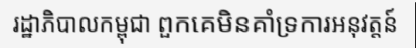
រដ្ឋាភិបាលកម្ពុជា ពួកគេមិនគាំទ្រការអនុវត្តន៍